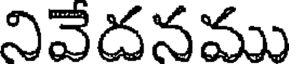
నివేదనము